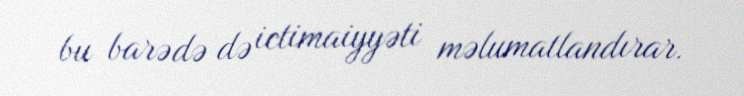
bu barədə də ictimaiyyəti məlumatlandırar.